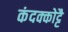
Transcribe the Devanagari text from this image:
कंदक्कोट्टै